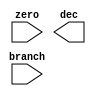
module branch_decision(
    input branch,
    input zero,
    output reg dec
    );
    
    
//    initial begin
//    dec = 1'b0;
//    end
    
    always@(*)
    begin
//    case (zero)
//    1'b1: assign dec = branch & zero;
//    1'b0: assign dec = branch & zero;
//    1'bx: assign dec = 0;
//    endcase
    end
    
    
endmodule